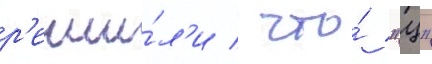
р'еши́л'и / что́ "ц"